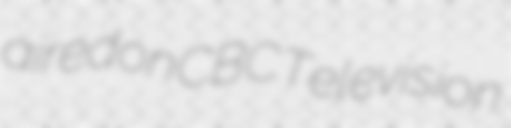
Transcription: aired on CBC Television